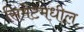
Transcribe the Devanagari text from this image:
सिमेंटमधील